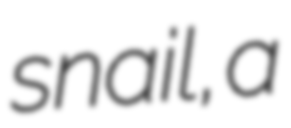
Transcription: snail, a